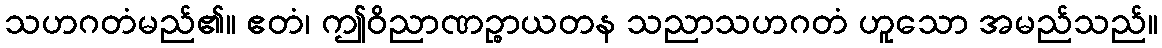
သဟဂတံမည်၏။ ဧတံ၊ ဤဝိညာဏဉ္စာယတန သညာသဟဂတံ ဟူသော အမည်သည်။